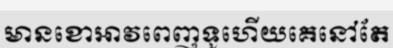
មានខោអាវពេញទូហើយគេនៅតែ